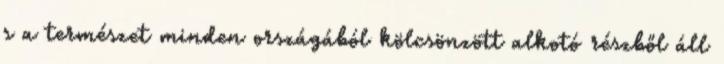
s a természet minden országából kölcsönzött alkotó részből áll